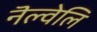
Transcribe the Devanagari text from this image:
नॆल्वेलि